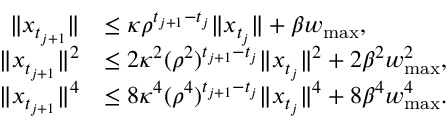
\begin{array} { r l } { \| x _ { t _ { j + 1 } } \| } & { \leq \kappa \rho ^ { t _ { j + 1 } - t _ { j } } \| x _ { t _ { j } } \| + \beta w _ { \operatorname* { m a x } } , } \\ { \| x _ { t _ { j + 1 } } \| ^ { 2 } } & { \leq 2 \kappa ^ { 2 } ( \rho ^ { 2 } ) ^ { t _ { j + 1 } - t _ { j } } \| x _ { t _ { j } } \| ^ { 2 } + 2 \beta ^ { 2 } w _ { \operatorname* { m a x } } ^ { 2 } , } \\ { \| x _ { t _ { j + 1 } } \| ^ { 4 } } & { \leq 8 \kappa ^ { 4 } ( \rho ^ { 4 } ) ^ { t _ { j + 1 } - t _ { j } } \| x _ { t _ { j } } \| ^ { 4 } + 8 \beta ^ { 4 } w _ { \operatorname* { m a x } } ^ { 4 } . } \end{array}